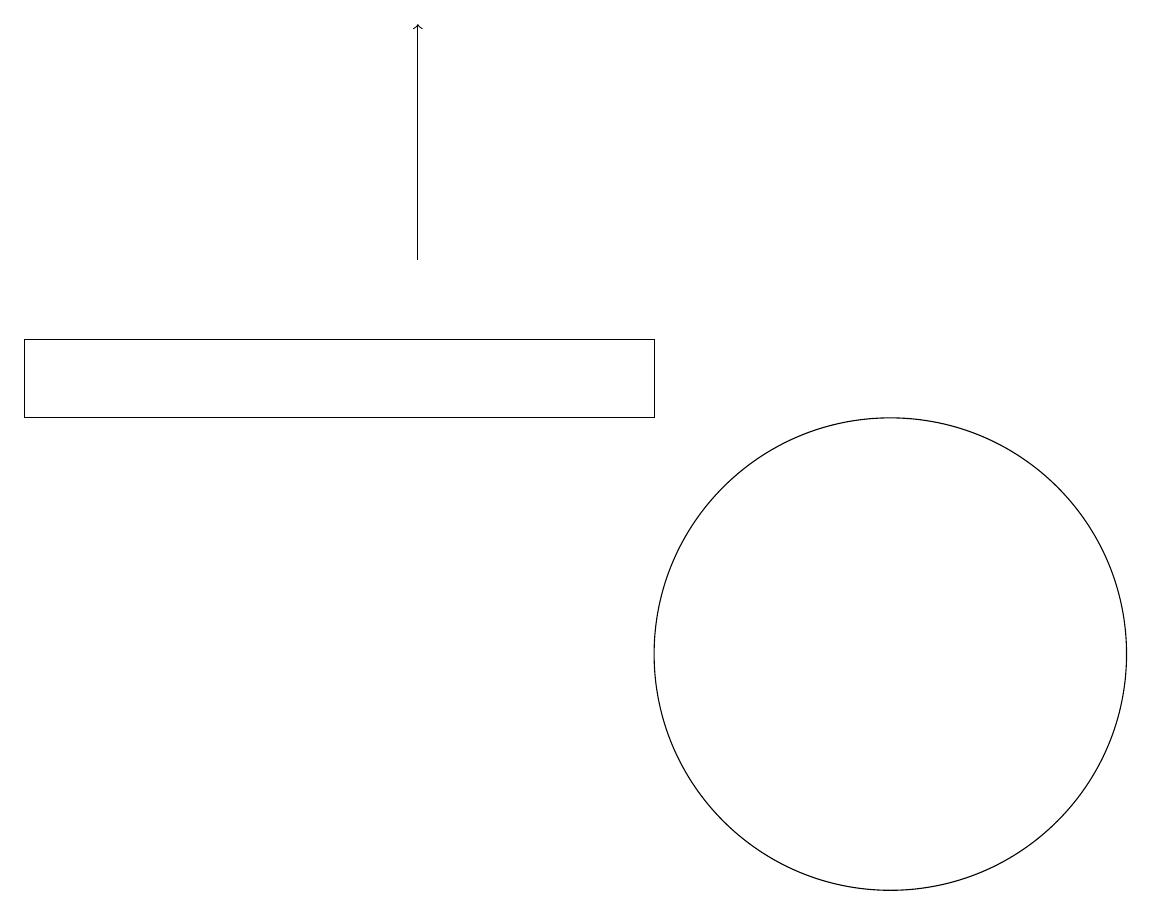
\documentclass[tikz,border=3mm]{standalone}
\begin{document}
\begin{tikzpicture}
\draw (9,14) rectangle (1,15);
\draw (12,11) circle (3);
\draw[->] (6,16) -- (6,19);
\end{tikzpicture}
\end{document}